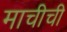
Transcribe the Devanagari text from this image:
माचीची